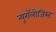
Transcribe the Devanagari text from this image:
न्यूरॉलोजिस्ट